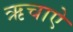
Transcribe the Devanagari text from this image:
ऋचाऐ